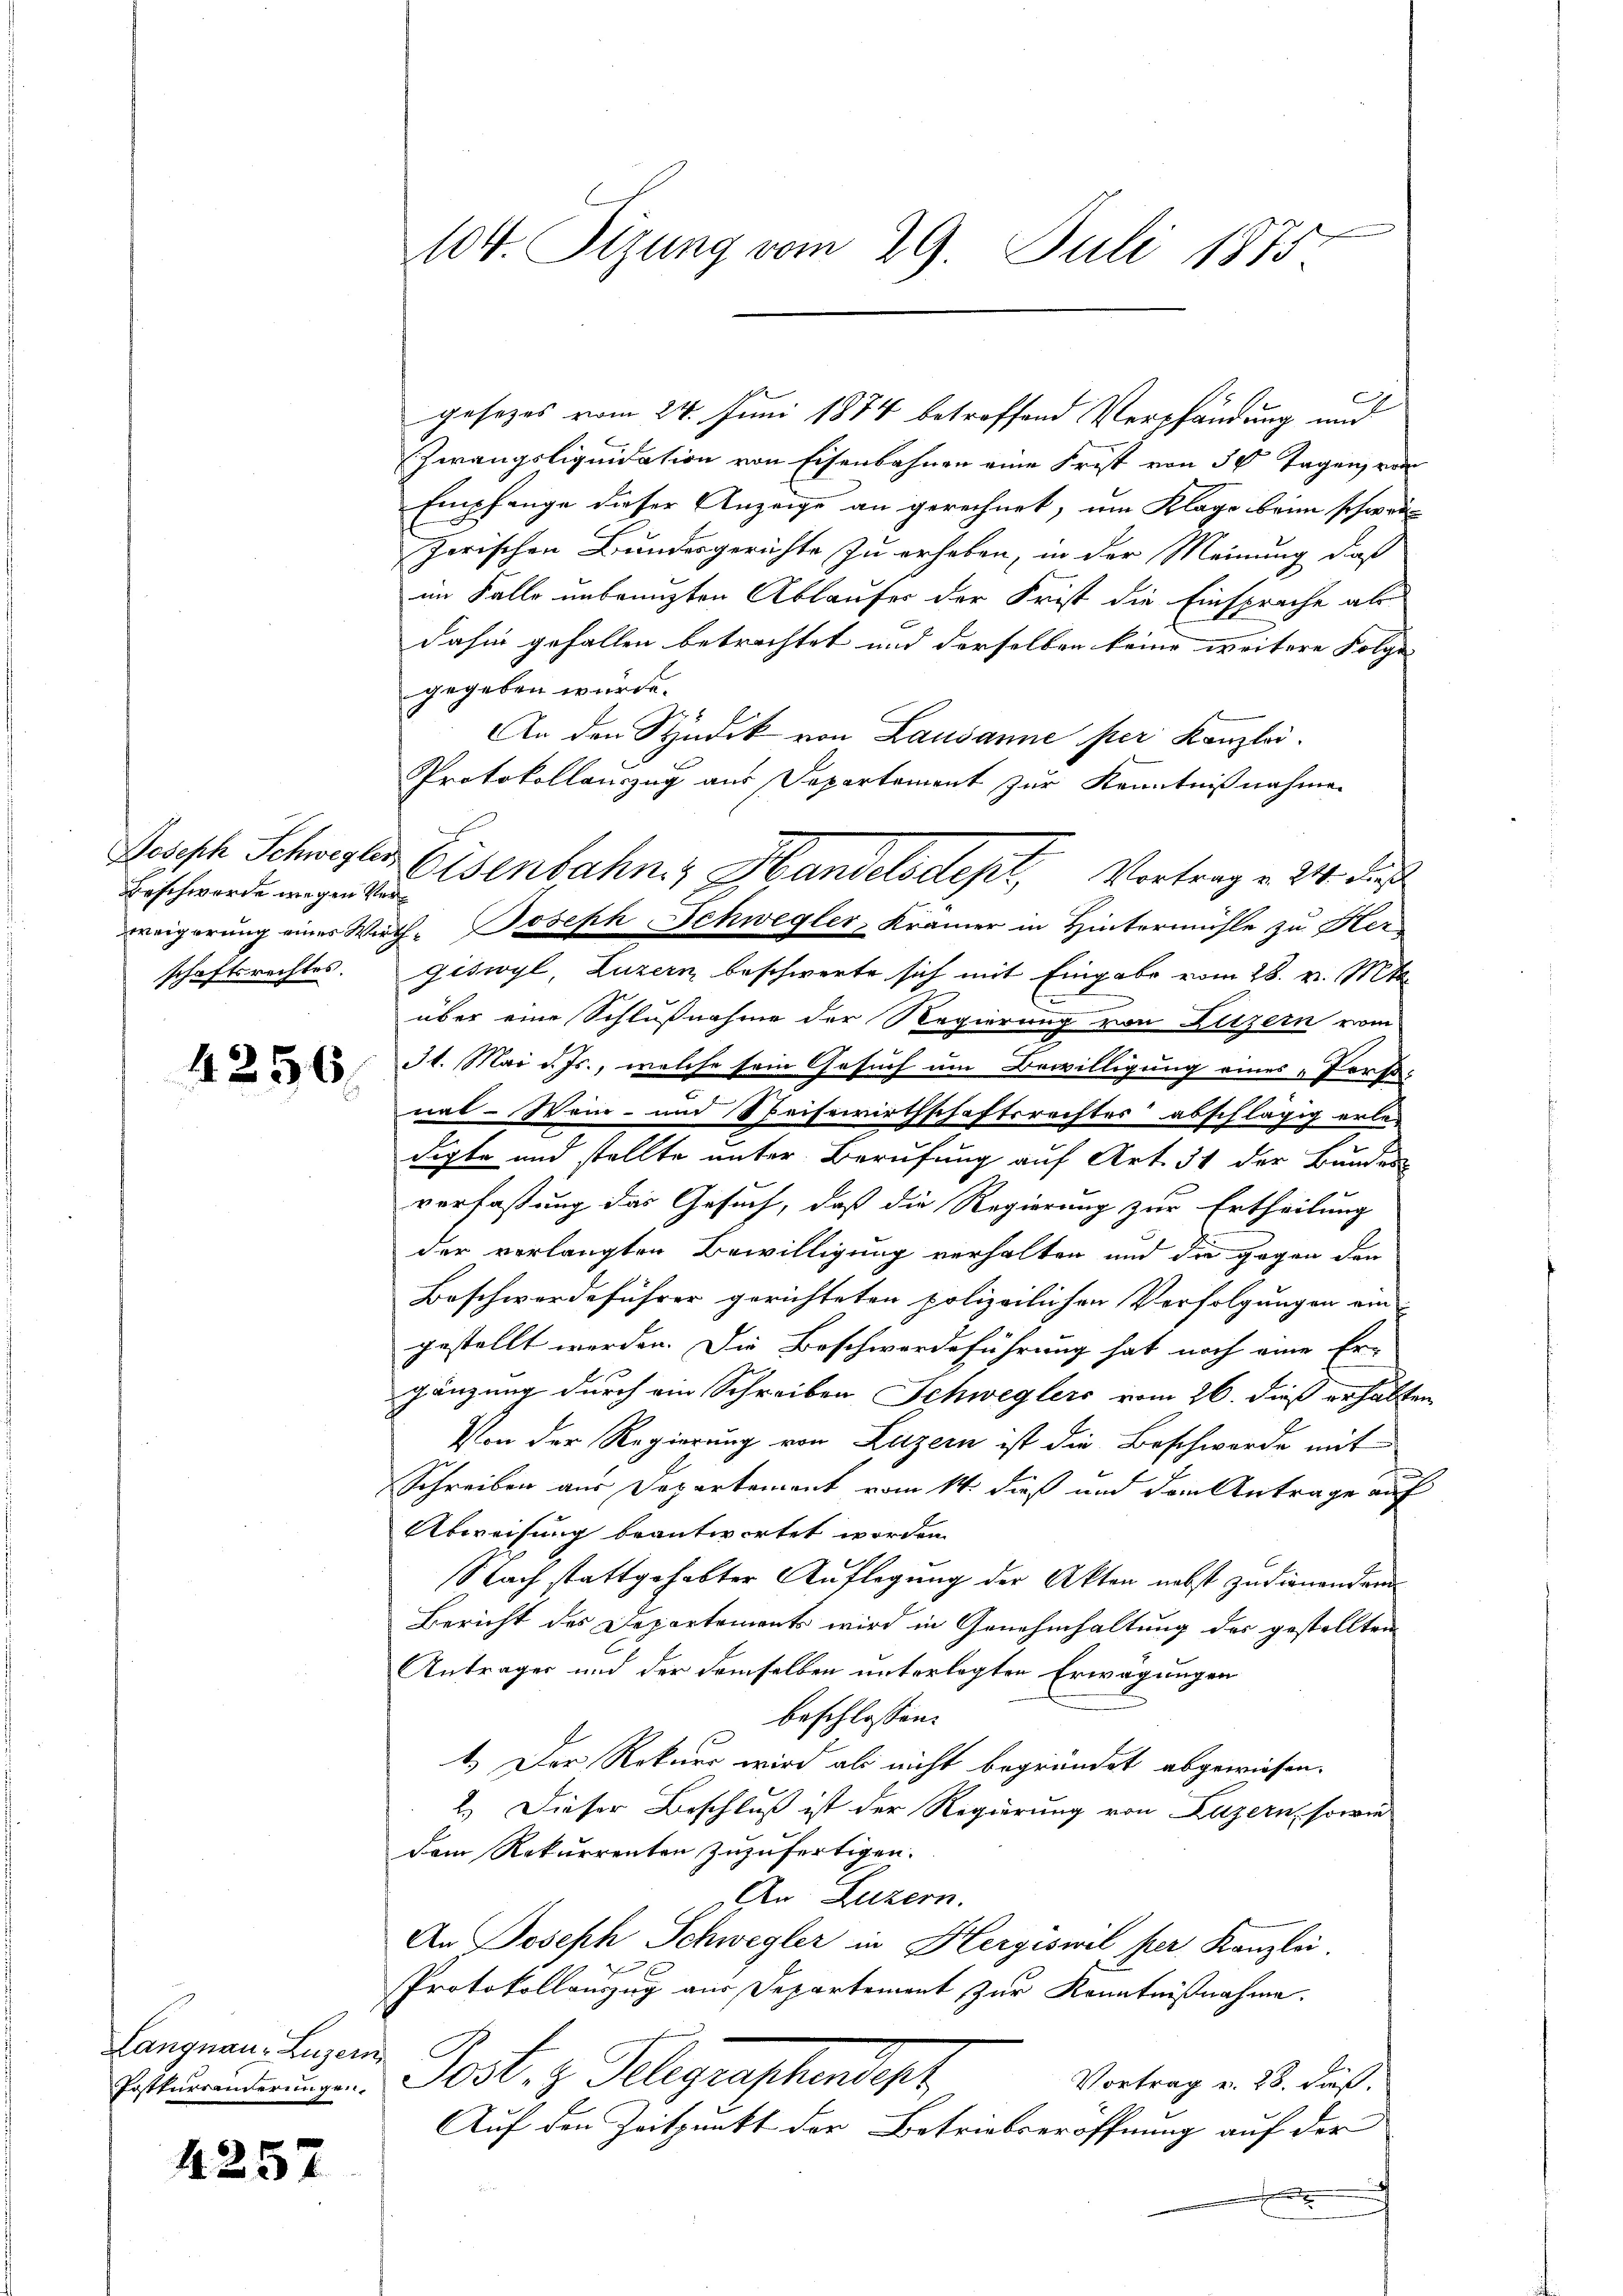
Beschwerde wegen Verschaftsrechtes.

4256.

Langnau, Luzern,

4257

104. Sizung vom 29. Juli 1875

gesezes vom 24. Juni 1874 betroffend Verpfändung und
Zwangsliquidation von Eisenbahnen eine Frist von 30 Tagen, von
Empfange dieser Anzeige an gerechnet, um Klage beim schwei
Zorischen Bundesgerichte zu erhoben, in der Meinung, daß
im Falle unbenuzten Ablaufer der Frist die Einsprache als
dahin gefallen betrachtet und derselben keine weitere Folge
gegeben wurde.
An den Syndik von Lausanne per Kanzlei.
Protokollauszug aus Departement zur Kenntnißnahmen
eigerung eines Wirth Joseph Schwegler, Krämer in Hintermühle zu Her
giswyl, Luzern beschwerte sich mit Eingabe vom 28. v. Mts.
über eine Schlußnahme der Regierung von Kitzern vom
31. Mai d. Js., welche sein Gesuch um Bewilligung eines „Portanal - Wein- und Speisewirthschaftsrechtes abschlägig erledigte und stellte unter Berufung auf Art. 31 der Bunden
verfaßung das Gesuch, daß die Regierung zur Ertheilung
der verlangten Bewilligung verhalten und die gegen den
Beschwerdeführer gerichteten polizeilichen Verfolgungen ein
gestellt werden. Die Beschwerdeführung hat noch eine Er-
gänzung durch ein Schreiben Schweglers vom 26. dieß erhalten
Von der Regierung von Luzern ist die Beschwerde mit
.
Schreiben aus Departement vom 14. dieß und dem Antrage auf
Abweisung beantwortet worden.
Nach stattgehabter Auflegung der Akten nebst zudienenden
Bericht des Departements wird in Genehmhaltung des gestellten
Antrages und der demselben unterlegten Erwägungen
beschlossen:
1.) Der Rekurs wird als nicht begründet abgewiesen.
2.) Dieser Beschluß ist der Regierung von Luzern, sowie
dem Rekurrenten zuzufertigen.
An Luzern.
An Joseph Schwegler in Hergiswil per Kanzlei.
Protokollauszug aus Departement zur Kenntnißnahme.
.. Jos. z. Telegraphendepr
Vortrag v. 28. dieß.
Auf den Zeitpunkt der Betriebseröffnung auf der

Resisch Schwester Eisenbahn, Handelsdept, Vortrag v. 24. dieß